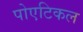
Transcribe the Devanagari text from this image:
पोएटिकल